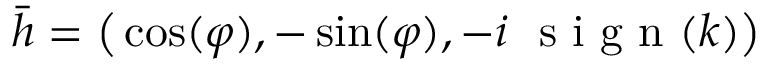
\bar { h } = \big ( \cos ( \varphi ) , - \sin ( \varphi ) , - i ~ \textrm { s i g n } ( k ) \big )